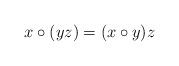
LaTeX: \begin{align*} x\circ (yz)=(x\circ y)z\end{align*}